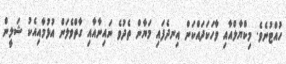
ހުއްޓުނެވެ. މިކްޔާލްއާއި ވާހަކަދައްކަން އިނދެފައި މަޔާން ތެދުވެ ނައިނާއާއި ގާތްވެލަން އުޅުމާއިއެކު ޝަލީން